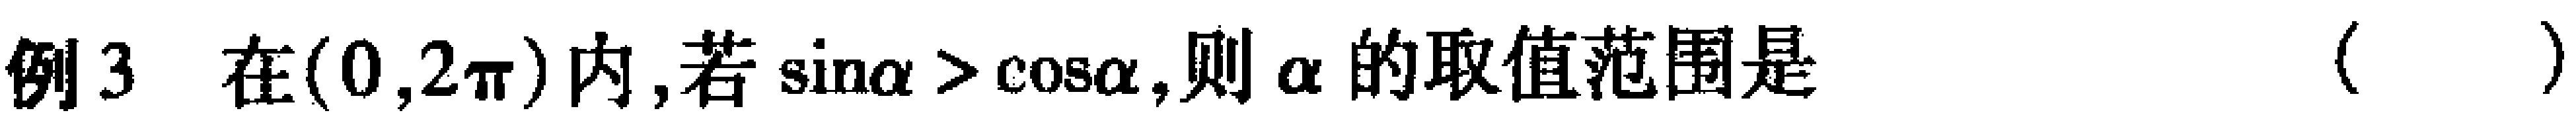
例3 在\((0,2\pi)\)内,若\(\sin\alpha > \cos\alpha\),则\(\alpha\)的取值范围是（  ）